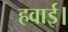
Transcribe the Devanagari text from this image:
हवाई।